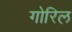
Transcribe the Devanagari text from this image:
गोरिल